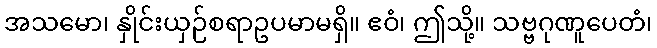
အသမော၊ နှိုင်းယှဉ်စရာဥပမာမရှိ။ ဧဝံ၊ ဤသို့။ သဗ္ဗဂုဏူပေတံ၊